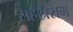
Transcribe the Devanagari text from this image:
सहस्रराम